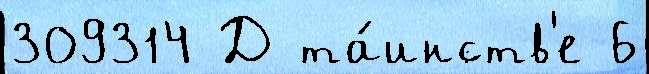
309314 Д та́инств'е 6